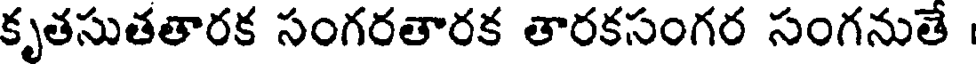
కృతసుతతారక సంగరతారక తారకసంగర సంగనుతే